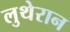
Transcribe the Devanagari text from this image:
लुथेरान